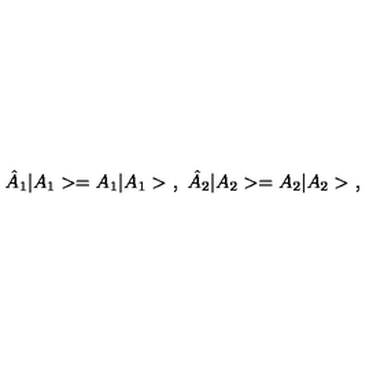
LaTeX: \hat { A } _ { 1 } | A _ { 1 } > = A _ { 1 } | A _ { 1 } > \ , \ \hat { A } _ { 2 } | A _ { 2 } > = A _ { 2 } | A _ { 2 } > \ ,